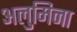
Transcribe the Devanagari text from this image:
अलुमिना